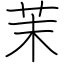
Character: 茉